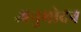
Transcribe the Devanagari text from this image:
अनुभोदन